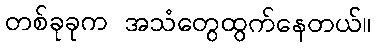
တစ်ခုခုက အသံတွေထွက်နေတယ်။